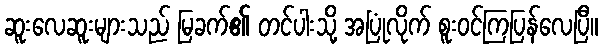
ဆူးလေဆူးများသည် မြခက်၏ တင်ပါးသို့ အပြုံလိုက် စူးဝင်ကြပြန်လေပြီ။